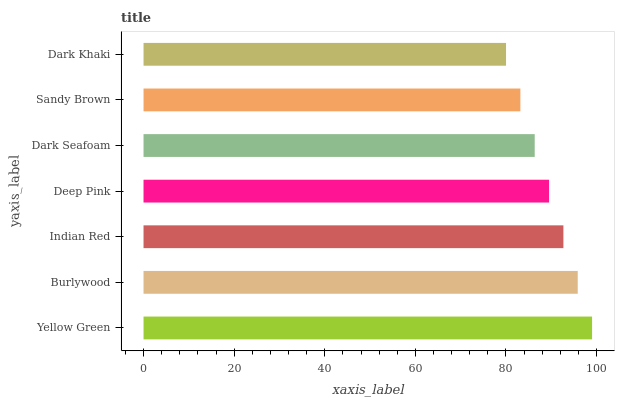
| yaxis_label | bars |
 | --- | --- |
 | Yellow Green | 99 |
 | Burlywood | 95.8 |
 | Indian Red | 92.7 |
 | Deep Pink | 89.5 |
 | Dark Seafoam | 86.3 |
 | Sandy Brown | 83.2 |
 | Dark Khaki | 80 |